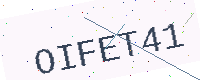
Text: OIFET41